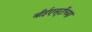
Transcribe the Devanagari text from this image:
बीईएस्‌टीच्या